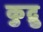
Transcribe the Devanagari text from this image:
कुद्रु